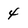
Character: 4